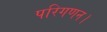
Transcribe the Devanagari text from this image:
परिगणन।